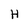
Character: H